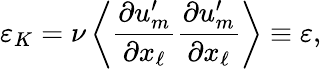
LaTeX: \varepsilon_{K}=\nu\left\langle{\frac{\partial u_{m}^{\prime}}{\partial x_{\ell}}\frac{\partial u_{m}^{\prime}}{\partial x_{\ell}}}\right\rangle\equiv\varepsilon,